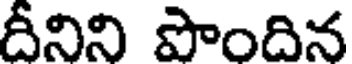
దీనిని పొందిన